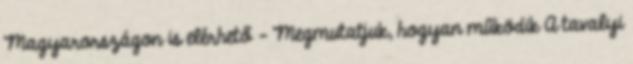
Magyarországon is elérhető – Megmutatjuk, hogyan működik A tavalyi